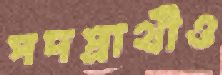
পদপ্রার্থীও